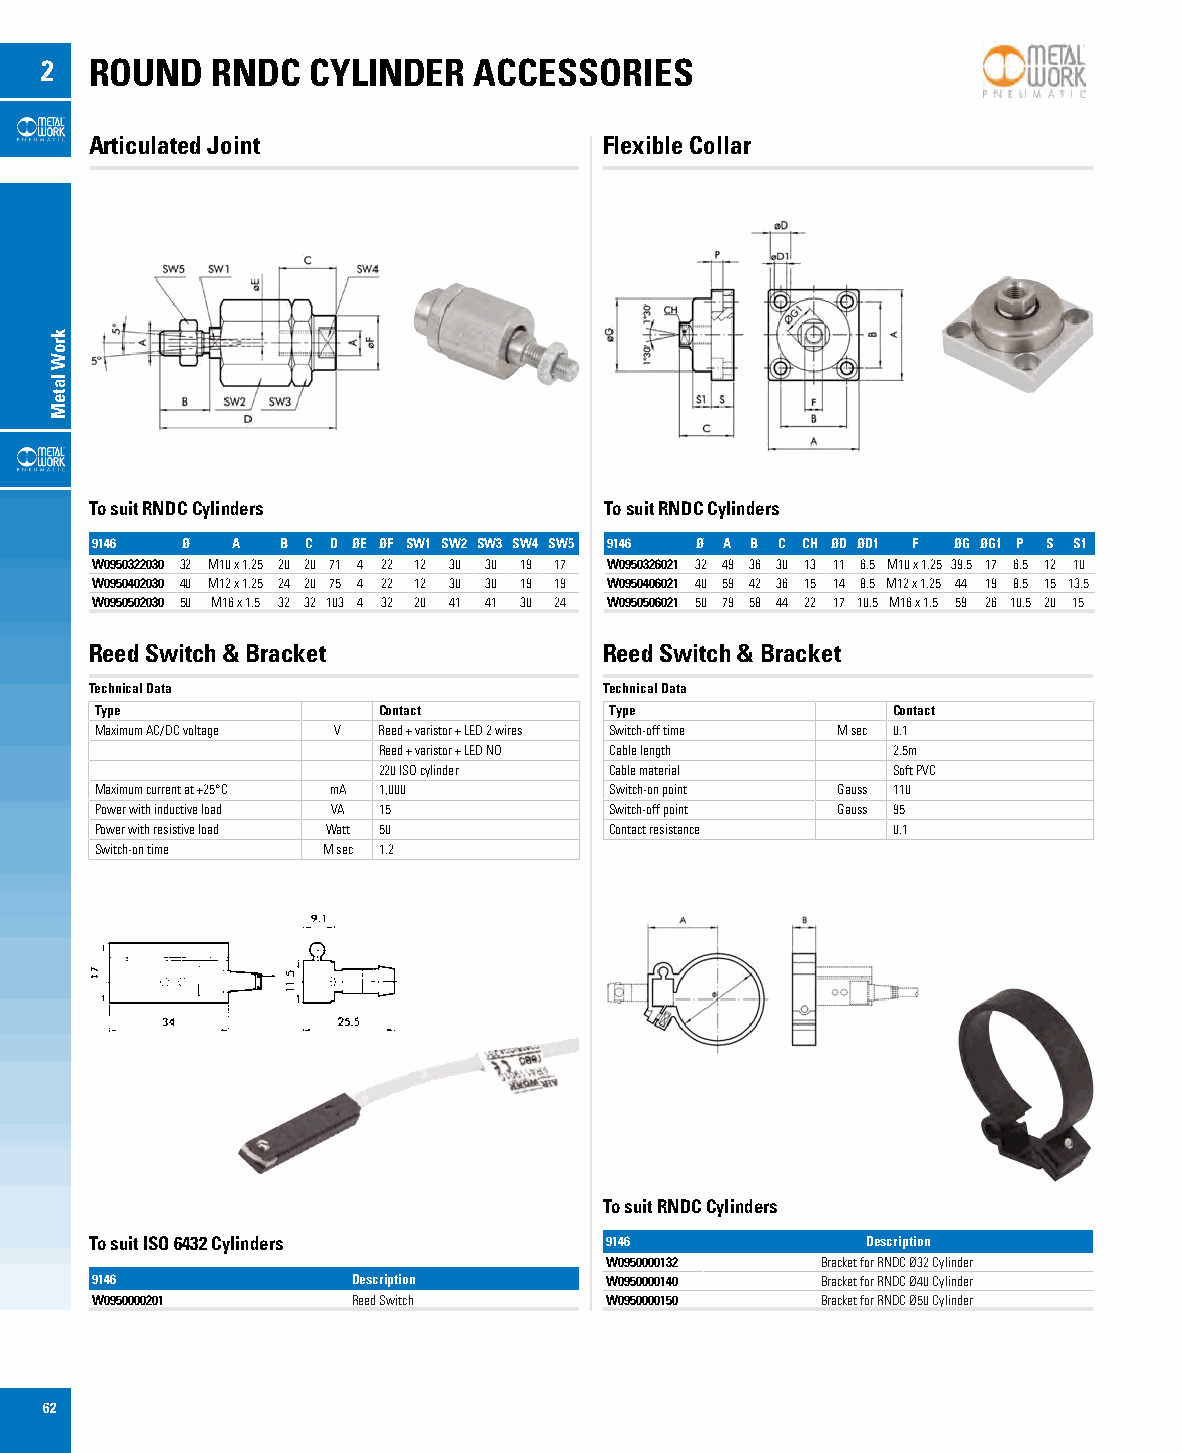
2  ROUND   RNDC  CYLINDER   ACCESSORIES
 Articulated Joint                 Flexible Collar
 To suit RNDC Cylinders            To suit RNDC Cylinders
 9146  Ø  A   B C D ØE ØF SW1 SW2 SW3 SW4 SW5 9146 Ø A B C CH ØD ØD1 F ØG ØG1 P S S1
 W0950322030 32 M10 x 1.25 20 20 71 4 22 12 30 30 19 17 W0950326021 32 49 36 30 13 11 6.5 M10 x 1.25 39.5 17 6.5 12 10
 W0950402030 40 M12 x 1.25 24 20 75 4 22 12 30 30 19 19 W0950406021 40 59 42 36 15 14 8.5 M12 x 1.25 44 19 8.5 15 13.5
 W0950502030 50 M16 x 1.5 32 32 103 4 32 20 41 41 30 24 W0950506021 50 79 58 44 22 17 10.5 M16 x 1.5 59 26 10.5 20 15
 Reed Switch & Bracket             Reed Switch & Bracket
 Technical Data                    Technical Data
 Type               Contact        Type               Contact
 Maximum AC/DC voltage V Reed + varistor + LED 2 wires Switch-off time M sec 0.1
 Reed + varistor + LED NO Cable length 2.5m
 220 ISO cylinder Cable material   Soft PVC
 Maximum current at +25°C mA 1,000 Switch-on point Gauss 110
 Power with inductive load VA 15   Switch-off point Gauss 95
 Power with resistive load Watt 50 Contact resistance 0.1
 Switch-on time M sec 1.2
 To suit RNDC Cylinders
 To suit ISO 6432 Cylinders        9146             Description
 W0950000132   Bracket for RNDC Ø32 Cylinder
 9146             Description      W0950000140   Bracket for RNDC Ø40 Cylinder
 W0950000201      Reed Switch      W0950000150   Bracket for RNDC Ø50 Cylinder
 62
 kroW
 lateM